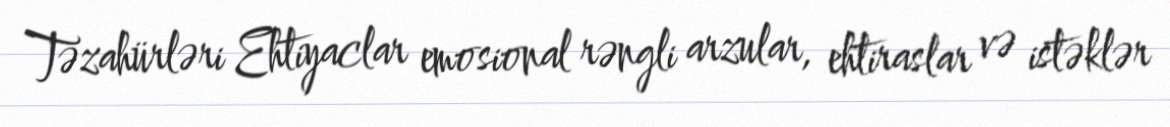
Təzahürləri Ehtiyaclar emosional rəngli arzular, ehtiraslar və istəklər